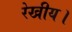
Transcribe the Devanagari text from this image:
रेखीय।